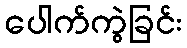
ပေါက်ကွဲခြင်း